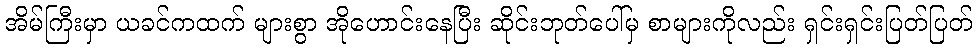
အိမ်ကြီးမှာ ယခင်ကထက် များစွာ အိုဟောင်းနေပြီး ဆိုင်းဘုတ်ပေါ်မှ စာများကိုလည်း ရှင်းရှင်းပြတ်ပြတ်